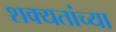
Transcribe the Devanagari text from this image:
शक्यतांच्या